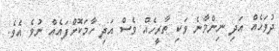
ދުވަހެއް އަދި ނިންމާނެ ވަކި ތާރީހެއް ވެސް އަދި ހާމަކޮށްފައެއް ނުވެ އެވެ.